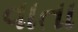
વાતા